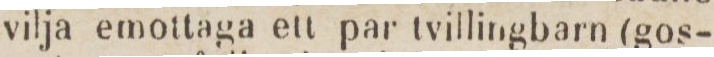
vilja emottaga ett par tvillingbarn (gos-